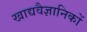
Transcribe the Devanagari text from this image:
खाद्यवैज्ञानिकों